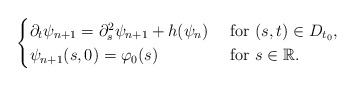
\begin{align*}\begin{cases}\partial_t \psi_{n+1}=\partial^2_s \psi_{n+1}+h(\psi_n)~&\mbox{for}~(s,t)\in D_{t_0},\\\psi_{n+1}(s,0)=\varphi_0(s) &\mbox{for}~ s\in\mathbb R.\end{cases}\end{align*}